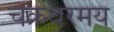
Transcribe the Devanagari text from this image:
चक्रधरमय